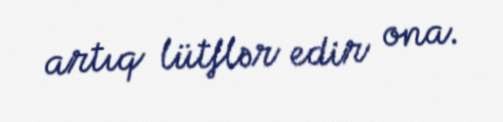
artıq lütflər edir ona.